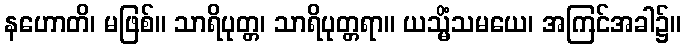
နဟောတိ၊ မဖြစ်။ သာရိပုတ္တ၊ သာရိပုတ္တရာ။ ယသ္မိံသမယေ၊ အကြင်အခါ၌။